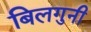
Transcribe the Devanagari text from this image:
बिलगुनी